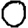
Digit: 0